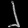
Digit: ၂